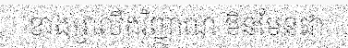
ខាងព្រលឹងវិញ្ញាណ មិនមែនជា